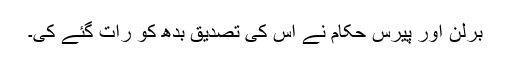
برلن اور پیرس حکام نے اس کی تصدیق بدھ کو رات گئے کی۔